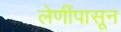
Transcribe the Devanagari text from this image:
लेणींपासून